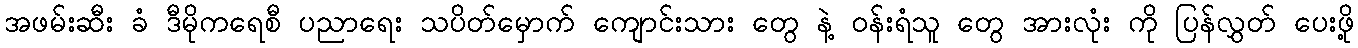
အဖမ်းဆီး ခံ ဒီမိုကရေစီ ပညာရေး သပိတ်မှောက် ကျောင်းသား တွေ နဲ့ ဝန်းရံသူ တွေ အားလုံး ကို ပြန်လွှတ် ပေးဖို့